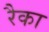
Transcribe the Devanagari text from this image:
रैका